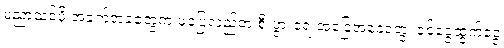
ပညာသင်ဖို့ အခက်အခဲတွေက မပြေလည်တဲ့ စီးပွားရေးအခြေအနေတွေ၊ ဝင်ငွေထွက်ငွေ